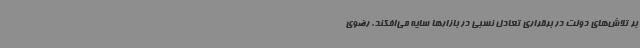
بر تلاش‌های دولت در برقراری تعادل نسبی در بازارها سایه می‌افکند. رضوی